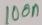
Text: 100n